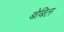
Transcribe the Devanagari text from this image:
बेबिल